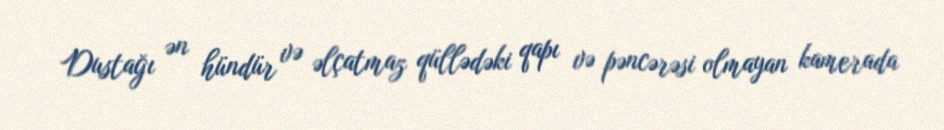
Dustağı ən hündür və əlçatmaz qüllədəki qapı və pəncərəsi olmayan kamerada